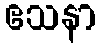
ဧသနာ